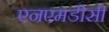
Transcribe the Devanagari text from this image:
एनएमडीसी